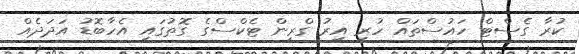
ކުރާ ގެސްޓް ހައުސްތައް ހުރި އިރު ގްރީން ޓެކްސްގެ ގޮތުގައި އެހާބޮޑު އަދަދެއް